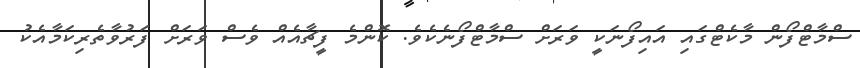
ސްމާޓްފޯން މާކެޓްގައި އައިފޯނަކީ ވަރަށް ސްމާޓްފޯނެކެވެ. ކޮންމެ ފީޗާއެއް ވެސް ވަރަށް ފަރުވާތެރިކަމާއެކު